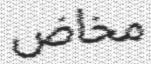
مخاض